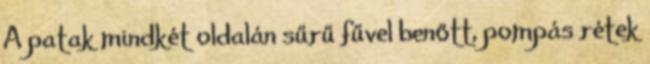
A patak mindkét oldalán sűrű fűvel benőtt, pompás rétek